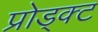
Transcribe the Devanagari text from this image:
प्रोड्क्ट